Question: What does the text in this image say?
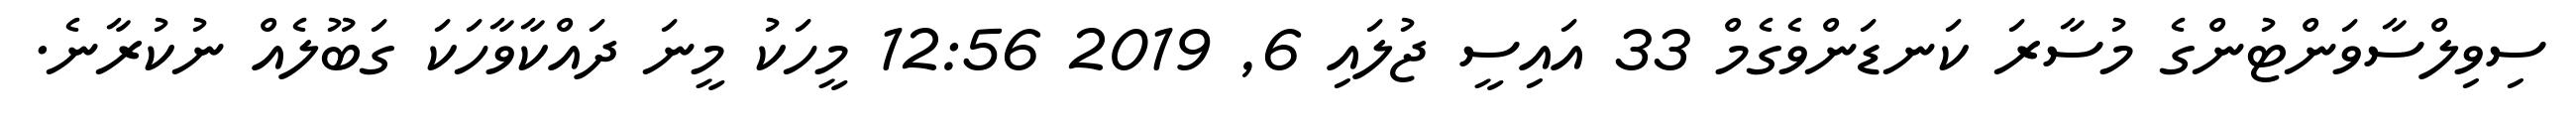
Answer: ސިވިލްސާވަންޓުންގެ މުސާރަ ކަނޑަންވެގެމް 33 އައިސީ ޖުލައި 6, 2019 12:56 މީހަކު މީނަ ދައްކާވާހަކަ ގަބޫލެއް ނުކުރާނެ.